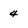
Character: 4